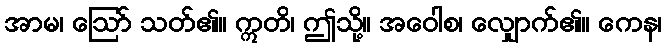
အာမ၊ ဩော် သတ်၏။ ဣတိ၊ ဤသို့။ အဝေါစ၊ လျှောက်၏။ ကေန၊